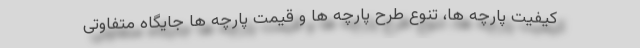
کیفیت پارچه ها، تنوع طرح پارچه ها و قیمت پارچه ها جایگاه متفاوتی